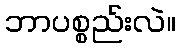
ဘာပစ္စည်းလဲ။